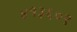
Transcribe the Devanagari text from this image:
४१३६०९